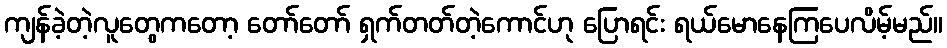
ကျန်ခဲ့တဲ့လူတွေကတော့ တော်တော် ရှက်တတ်တဲ့ကောင်ဟု ပြောရင်း ရယ်မောနေကြပေလိမ့်မည်။